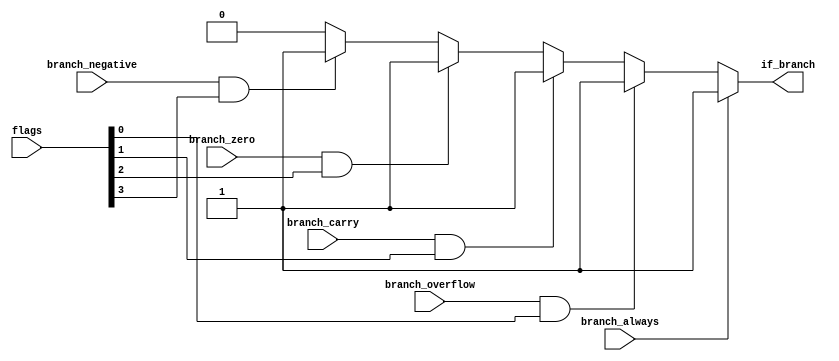
module decide_branching(
    input [3:0] flags,
    input wire branch_always,
    input wire branch_overflow,
    input wire branch_carry,
    input wire branch_zero,
    input wire branch_negative,
    output reg if_branch
);

always begin
    if(branch_always)
            if_branch = 1;
    else if(branch_overflow && flags[0])
            if_branch = 1;
    else if(branch_carry && flags[1])
            if_branch = 1;
    else if(branch_zero && flags[2])
            if_branch = 1;
    else if(branch_negative && flags[3])
            if_branch = 1;
    else
            if_branch = 0;
end

endmodule